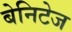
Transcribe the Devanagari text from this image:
बेनिटेज